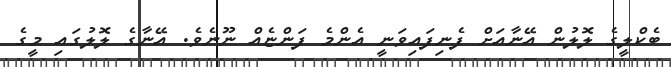
ބެކްލީގެ ލޮލުން އޭނާއަށް ފެނިފައިވަނީ އެންމެ ފަންޏެއް ނޫނެވެ. އޭނާގެ ލޮލުގައި މީގެ